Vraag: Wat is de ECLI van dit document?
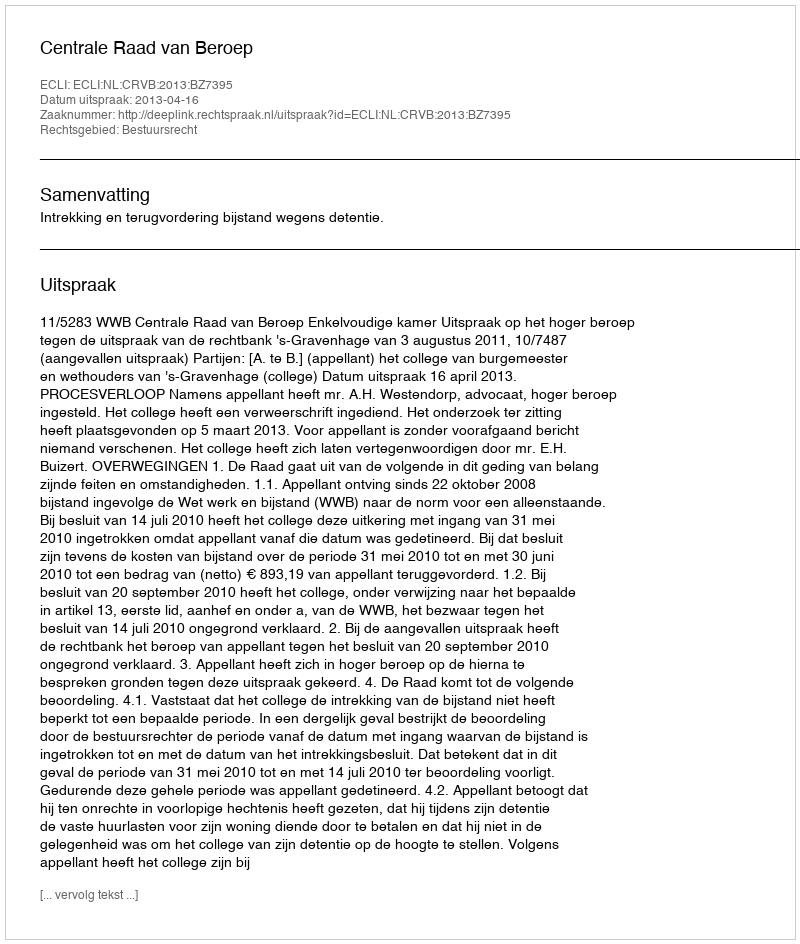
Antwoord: ECLI:NL:CRVB:2013:BZ7395